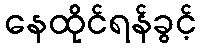
နေထိုင်ရန်ခွင့်